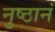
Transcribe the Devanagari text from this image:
नुष्ठानं